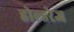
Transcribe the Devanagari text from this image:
होल्डरेज